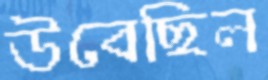
উবেছিল